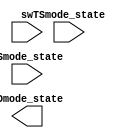
module TimeDisplayMode(
    input sw,
    input TSmode_state,
    input SSmode_state,
    output TDmode_state
);
//    state  TDmode  state  


endmodule